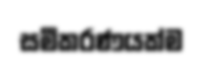
සමීකරණයක්ම